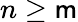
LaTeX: n\geq\mathsf{m}